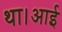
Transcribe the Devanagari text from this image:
था।आई